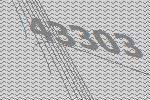
43303